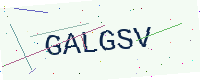
Text: GALGSV